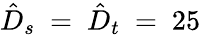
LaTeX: \hat{D}_{s}~=~\hat{D}_{t}~=~25